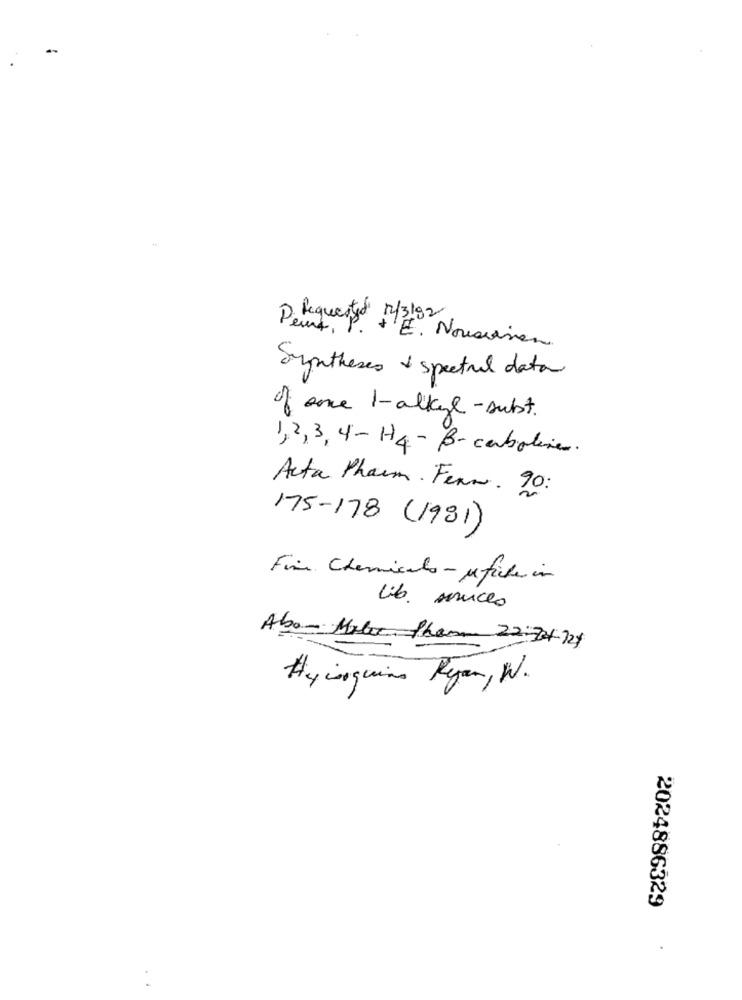
Derequested 1/3/92
E. Nouseinen
Syntheses & spectral data
of one 1-alkyl-subst.
1,2,3,4- H4 - B- cabotine.
Acta Pharm . Fenn. 90:
175-178 (1981)
Fine Chemicals - afiche in
lib. suces
Abo - Motor Pharm 22:34-124
Hycoquins Ryan, W.
2024886329